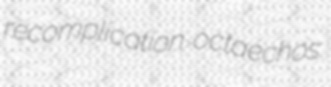
recomplication octaechos